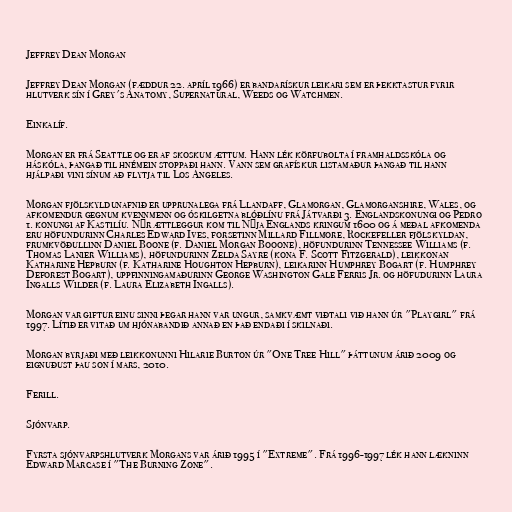
Jeffrey Dean Morgan

Jeffrey Dean Morgan (fæddur 22. apríl 1966) er bandarískur leikari sem er þekktastur fyrir
hlutverk sín í Grey's Anatomy, Supernatural, Weeds og Watchmen.

Einkalíf.

Morgan er frá Seattle og er af skoskum ættum. Hann lék körfubolta í framhaldsskóla og
háskóla, þangað til hnémein stoppaði hann. Vann sem grafískur listamaður þangað til hann
hjálpaði vini sínum að flytja til Los Angeles.

Morgan fjölskyldunafnið er upprunalega frá Llandaff, Glamorgan, Glamorganshire, Wales, og
afkomendur gegnum kvennmenn og óskilgetna blóðlínu frá Játvarði 3. Englandskonungi og Pedro
1. konungi af Kastilíu. Nýr ættleggur kom til Nýja Englands kringum 1600 og á meðal afkomenda
eru höfundurinn Charles Edward Ives, forsetinn Millard Fillmore, Rockefeller fjölskyldan,
frumkvöðullinn Daniel Boone (f. Daniel Morgan Booone), höfundurinn Tennessee Williams (f.
Thomas Lanier Williams), höfundurinn Zelda Sayre (kona F. Scott Fitzgerald), leikkonan
Katharine Hepburn (f. Katharine Houghton Hepburn), leikarinn Humphrey Bogart (f. Humphrey
Deforest Bogart), uppfinningamaðurinn George Washington Gale Ferris Jr. og höfudurinn Laura
Ingalls Wilder (f. Laura Elizabeth Ingalls).

Morgan var giftur einu sinni þegar hann var ungur, samkvæmt viðtali við hann úr "Playgirl" frá
1997. Lítið er vitað um hjónabandið annað en það endaði í skilnaði.

Morgan byrjaði með leikkonunni Hilarie Burton úr "One Tree Hill" þáttunum árið 2009 og
eignuðust þau son í mars, 2010.

Ferill.

Sjónvarp.

Fyrsta sjónvarpshlutverk Morgans var árið 1995 í "Extreme". Frá 1996-1997 lék hann lækninn
Edward Marcase í "The Burning Zone".